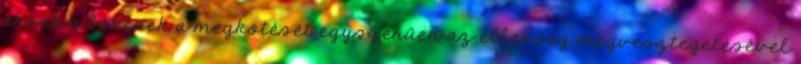
ennek a békének a megkötését egyszerűen az ellenség megvesztegetésével